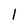
Character: 1